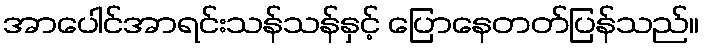
အာပေါင်အာရင်းသန်သန်နှင့် ပြောနေတတ်ပြန်သည်။